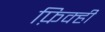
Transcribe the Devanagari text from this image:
फ़िक्ही